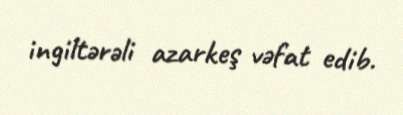
ingiltərəli azarkeş vəfat edib.